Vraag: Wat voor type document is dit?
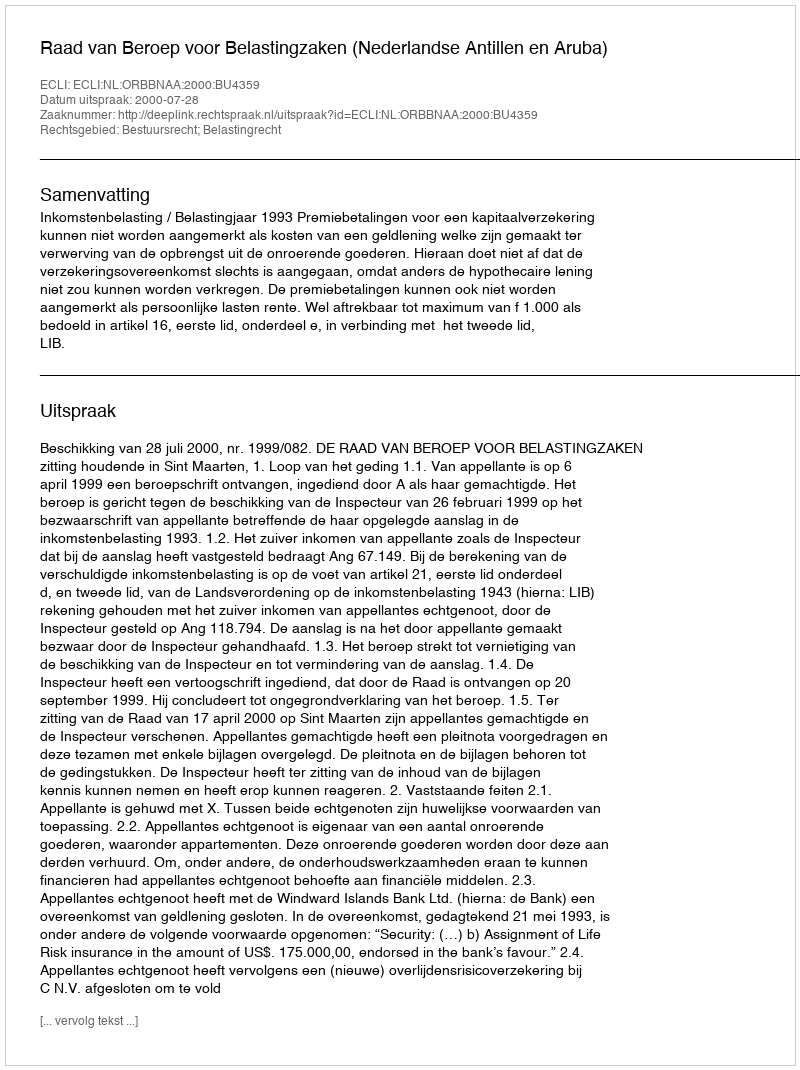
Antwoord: Uitspraak